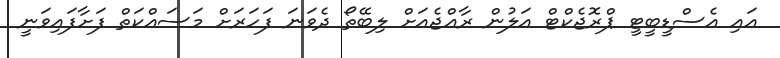
އައި އެސްޑީބީޓީ ޕްރޮޖެކްޓް އަލުން ރާޢްޖެއަށް ލިބޭތޯ ދެވަނަ ފަހަރަށް މަސައްކަތް ފަށާފައިވަނީ